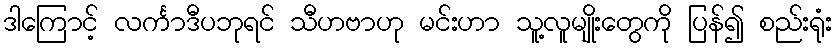
ဒါကြောင့် လင်္ကာဒီပဘုရင် သီဟဗာဟု မင်းဟာ သူ့လူမျိုးတွေကို ပြန်၍ စည်းရုံး